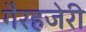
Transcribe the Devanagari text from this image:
गैरहजेरी